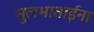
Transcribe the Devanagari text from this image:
सुलभाताईंना